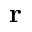
{ \bf r }